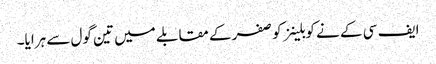
ایف سی کے نے کوبلینز کو صفر کے مقابلے میں تین گول سے ہرایا۔